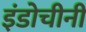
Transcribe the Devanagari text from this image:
इंडोचीनी